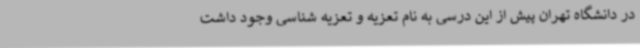
در دانشگاه تهران پیش از این درسی به نام تعزیه و تعزیه شناسی وجود داشت